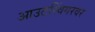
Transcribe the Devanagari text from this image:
आउटस्विंगरवर